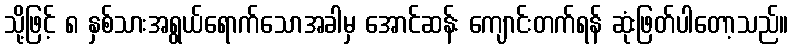
သို့ဖြင့် ၈ နှစ်သားအရွယ်ရောက်သောအခါမှ အောင်ဆန်း ကျောင်းတက်ရန် ဆုံးဖြတ်ပါတော့သည်။